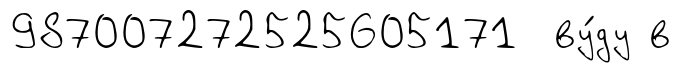
987007272525605171 ву́ду в